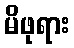
မိဖုရား